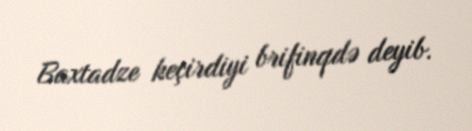
Baxtadze keçirdiyi brifinqdə deyib.